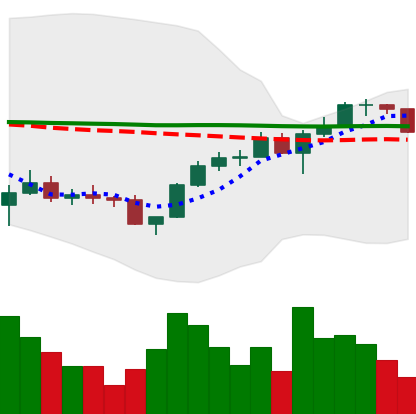
Ticker: LINK-USD
Chart end date: 2022-12-03
Forward return: -3.276%
Label: down_3_5